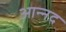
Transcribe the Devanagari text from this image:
आन्‍नद